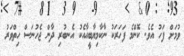
ވުމަށް ފަހު އެވެ. ކޮންމެ ފަހަރަކު ނާކާމިޔާބީއާއެކު އެނބުރި ދާން ޖެހުނަސް ހިތްވަރު